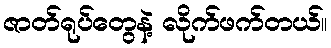
ဇာတ်ရုပ်တွေနဲ့ လိုက်ဖက်တယ်။